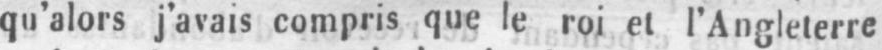
qu’alors j’avais compris que le roi et l’Angleterre